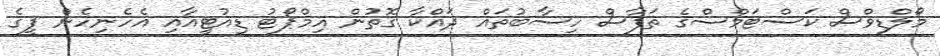
މޯލްޑިވްސް ކަސްޓަމްސްގެ ތަފާސް ހިސާބުތައް ދައްކާ ގޮތުން އިމްޕޯޓު ޑިއުޓީއާއި އެހެނިހެން ފީގެ